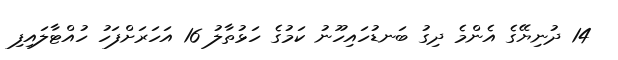
14 ދުނިޔޭގެ އެންމެ ދިގު ބަނޑުހައިހޫނު ކަމުގެ ހަޅުތާލު 16 އަހަރަށްފަހު ހުއްޓާލައިފި